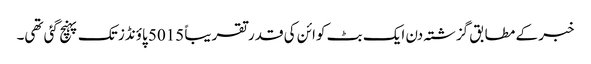
خبر کے مطابق گزشتہ دن ایک بٹ کوائن کی قدر تقریباً 5015 پاؤنڈز تک پہنچ گئی تھی۔